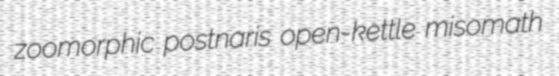
zoomorphic postnaris open-kettle misomath